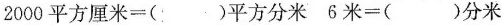
2000平方厘米=()平方分米 6米=()分米